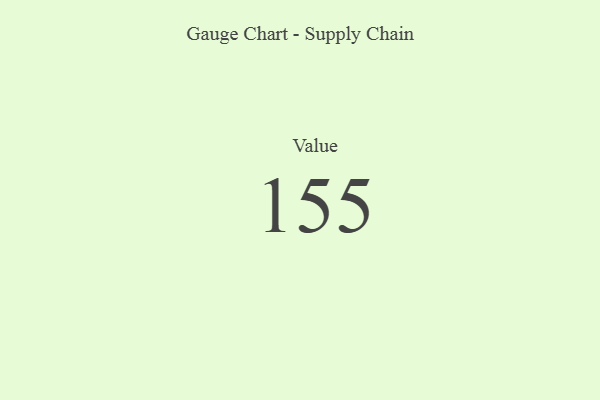
{"axis": {"x": "Metric", "y": "Value"}, "legend": [""], "data": [{"x": "Value", "y": 155, "type": ""}]}